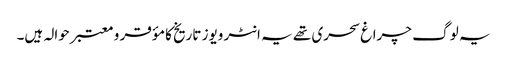
یہ لو گ چراغ سحری تھے یہ انٹر ویوز تاریخ کا مؤقر و معتبر حوالہ ہیں۔